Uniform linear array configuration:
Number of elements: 24
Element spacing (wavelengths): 0.25
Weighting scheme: blackman
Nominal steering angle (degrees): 15
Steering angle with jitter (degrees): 16.706
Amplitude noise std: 0.05
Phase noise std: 0.05

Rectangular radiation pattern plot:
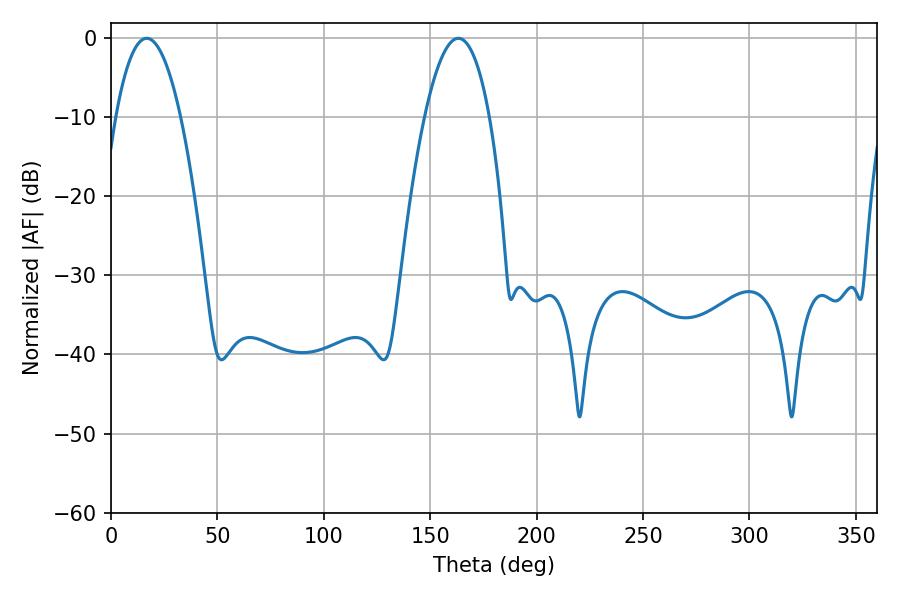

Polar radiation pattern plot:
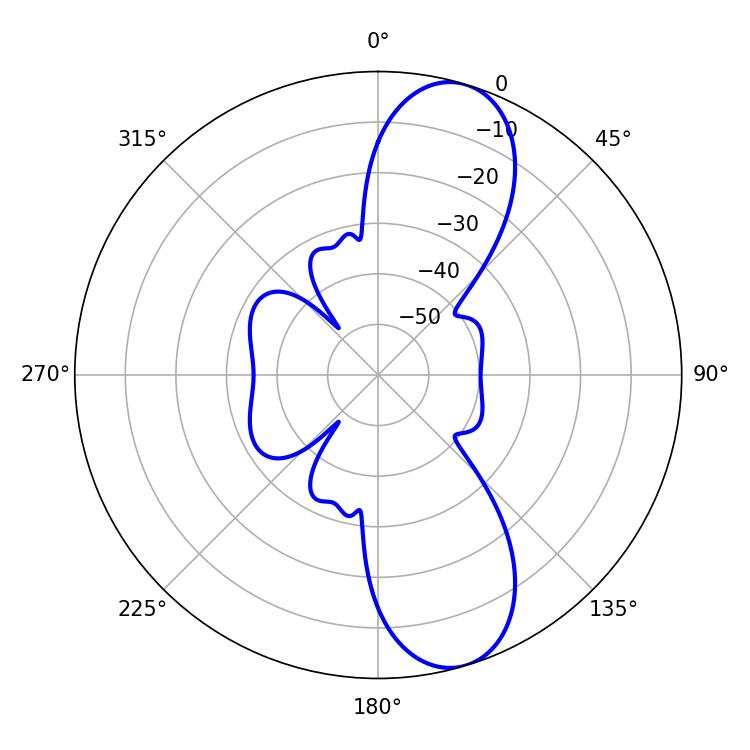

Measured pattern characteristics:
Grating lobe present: FALSE
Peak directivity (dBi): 10.366
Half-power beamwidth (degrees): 16.92
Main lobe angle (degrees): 16.74